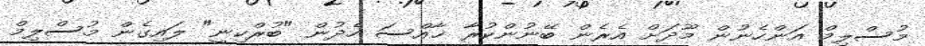
މުސްލިމް އަންހެނުން މޫދަށް އެރެން ބޭނުންކުރާ ޚާއްސަ ހެދުން "ބުރްކިނީ" ލައިގެން މުސްލިމް